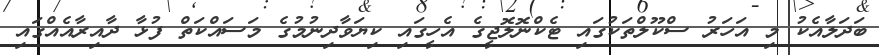
ބަދަލާއެކު މި އަހަރު ސްކޫލްތަކުގައި ޓެކްނޮލޮޖީގެ އެހީގައި ކިޔަވާދިނުމުގެ މަސައްކަތް ފުޅާ ދާއިރާއެއްގައި